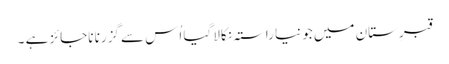
قبرِستان میں جو نیا راستہ نکالا گیا اُس سے گزرنا ناجائز ہے ۔